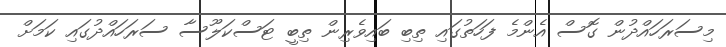
މިސަރަހައްދުން ގޮސް އެންމެ ފަހަތުގައި ތިބި ބައިވެރިން ތިބީ ޓަސްކަލޫސާ ސަރަހައްދުގައި ކަމަށް